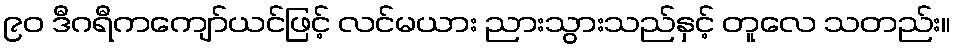
၉၀ ဒီဂရီကကျော်ယင်ဖြင့် လင်မယား ညားသွားသည်နှင့် တူလေ သတည်း။